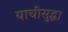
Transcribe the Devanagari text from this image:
याचीसुद्धा